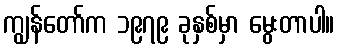
ကျွန်တော်က ၁၉၇၉ ခုနှစ်မှာ မွေးတာပါ။